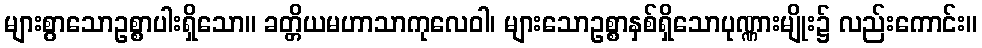
များစွာသောဥစ္စာပါးရှိသော။ ခတ္တိယမဟာသာကုလေဝါ၊ များသောဥစ္စာနှစ်ရှိသောပုဏ္ဏားမျိုး၌ လည်းကောင်း။